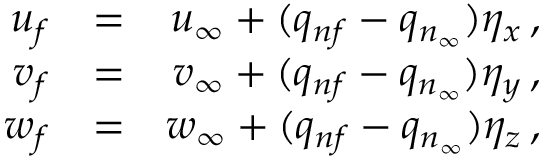
\begin{array} { r l r } { u _ { f } } & { = } & { u _ { \infty } + ( q _ { n f } - q _ { n _ { \infty } } ) \eta _ { x } \, \mathrm { , } } \\ { v _ { f } } & { = } & { v _ { \infty } + ( q _ { n f } - q _ { n _ { \infty } } ) \eta _ { y } \, \mathrm { , } } \\ { w _ { f } } & { = } & { w _ { \infty } + ( q _ { n f } - q _ { n _ { \infty } } ) \eta _ { z } \, \mathrm { , } } \end{array}